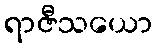
ရာဇီသယော